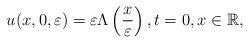
LaTeX: \begin{align*} u(x,0,\varepsilon) = \varepsilon \Lambda\left( \frac{x}{\varepsilon}\right), t=0, x\in\mathbb{R}, \end{align*}